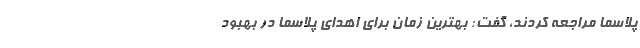
پلاسما مراجعه کردند، گفت: بهترین زمان برای اهدای پلاسما در بهبود